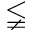
\lneqq